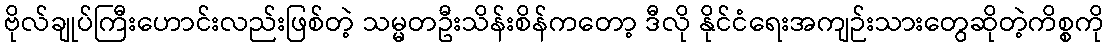
ဗိုလ်ချုပ်ကြီးဟောင်းလည်းဖြစ်တဲ့ သမ္မတဦးသိန်းစိန်ကတော့ ဒီလို နိုင်ငံရေးအကျဉ်းသားတွေဆိုတဲ့ကိစ္စကို